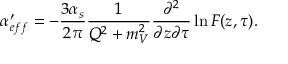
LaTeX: \alpha _ { e f f } ^ { \prime } = - \frac { 3 \alpha _ { s } } { 2 \pi } \frac { 1 } { Q ^ { 2 } + m _ { V } ^ { 2 } } \frac { \partial ^ { 2 } } { \partial z \partial \tau } \ln { \cal F } ( z , \tau ) .